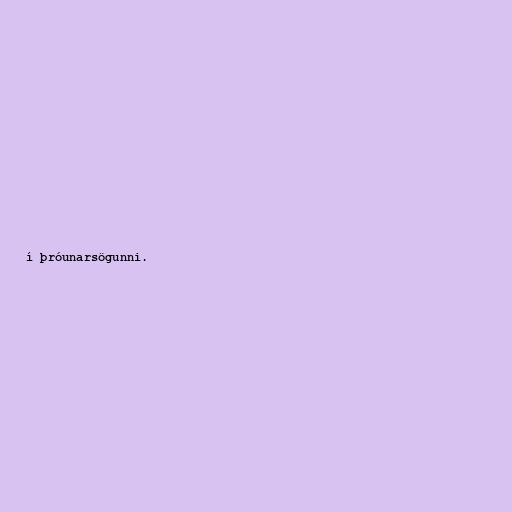
í þróunarsögunni.